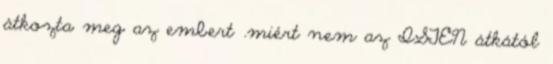
átkozta meg az embert .miért nem az ISTEN átkától